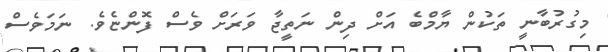
މިގުރުބާނީ ތަކުން ޔާމްބެ އަށް ދިން ނަތީޖާ ވަރަށް ވެސް ފޮންޏެވެ. ނަމަވެސް